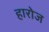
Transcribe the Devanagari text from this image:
हारोज